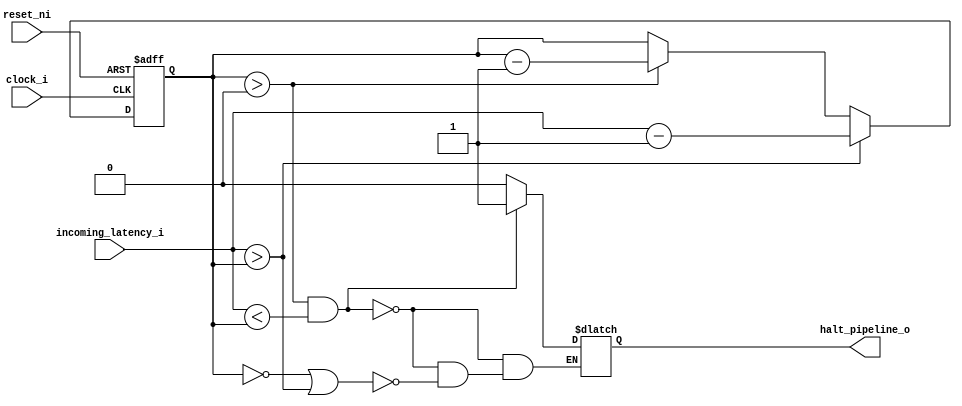
module latency_control_unit
#(parameter MAX_LATENCY = 32)
(
	input 								clock_i,
	input 								reset_ni,

	input [$clog2(MAX_LATENCY) - 1:0] 	incoming_latency_i,

	output reg 							halt_pipeline_o
);

	// Current latency counter. It signals how many cycles
	// are left until all operations are done.
	reg [$clog2(MAX_LATENCY) - 1:0] current_latency_r;

	// Manage current_latency_r.
	always @ (posedge clock_i, negedge reset_ni)
		if (!reset_ni)
			current_latency_r = {$clog2(MAX_LATENCY){1'b0}};
		else if (incoming_latency_i > current_latency_r)
			current_latency_r = incoming_latency_i - 1;
		else if (current_latency_r > 0)
			current_latency_r = current_latency_r - 1;

	// If the incoming latency is smaller than the current
	// one, we'll stop the pipeline in order to preserve
	// execution order.
	always @ (*)
		if ((current_latency_r > 0) && (incoming_latency_i < current_latency_r))
			halt_pipeline_o = 1'b1;
		else if ((current_latency_r == 0) || (incoming_latency_i > current_latency_r))
			halt_pipeline_o = 1'b0;

endmodule